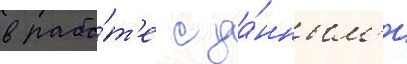
в рабо́т'е с да́нным'и